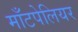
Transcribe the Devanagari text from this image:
माँटपेलियर